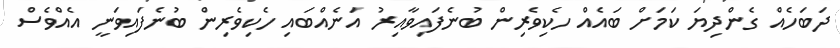
ދަބަހެއް ގެންދިޔަ ކަމަށް ބައެއް ހެކިވެރިން ބުނެފައިވާއިރު އަނެއްބައި ހެކިވެރިން ބުނެފައިވަނީ އެއްވެސް